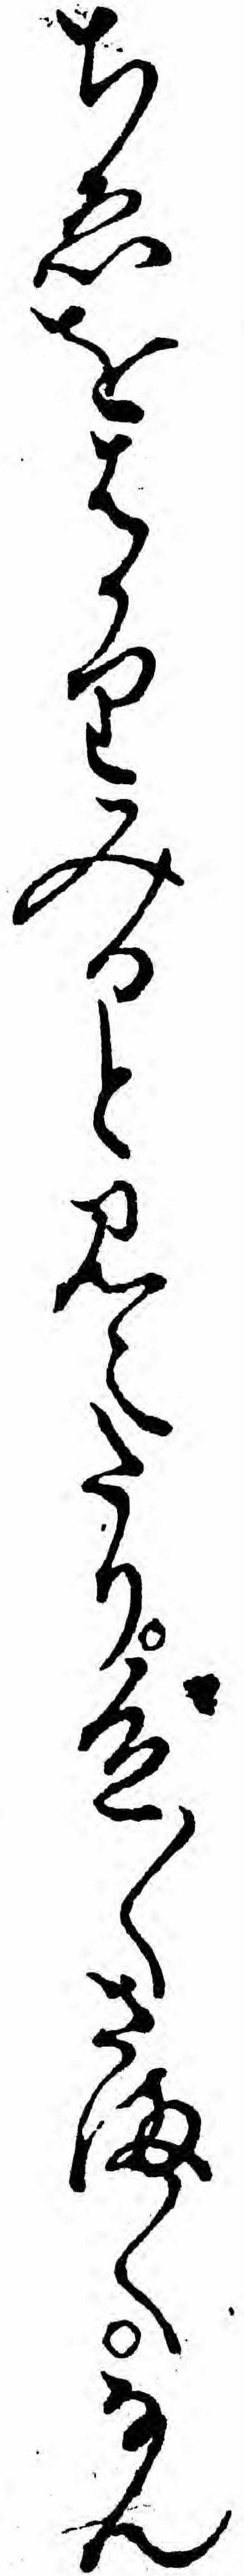
ちゑをはかりみると見えたり色〱さま〱なん